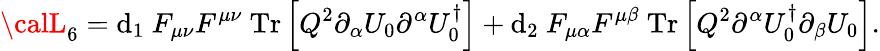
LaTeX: {\calL}_{6}=\mathrm{d}_{1}~F_{\mu\nu}F^{\mu\nu}~\mathrm{{Tr}}\left[Q^{2}\partial_{\alpha}U_{0}\partial^{\alpha}U_{0}^{\dagger}\right]+\mathrm{d}_{2}~F_{\mu\alpha}F^{\mu\beta}~\mathrm{{Tr}}\left[Q^{2}\partial^{\alpha}U_{0}^{\dagger}\partial_{\beta}U_{0}\right].